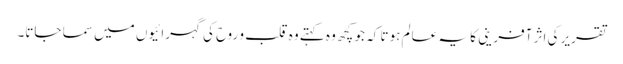
تقریر کی اثر آفرینی کا یہ عالم ہوتا کہ جو کچھ وہ کہتے وہ قلب و روح کی گہرائیوں میں سما جاتا۔